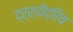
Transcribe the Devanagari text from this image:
द्र्श्येंद्रिय